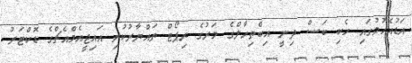
އަޑުއެހުމުގައި ހެކި ބަސް ދިނީ އިބްތިހާލްގެ މަރުގެ ރިޕޯޓް ތައްޔާރުކުރި އައިޖީއެމްއެޗްގެ ޑޮކްޓަރު